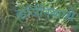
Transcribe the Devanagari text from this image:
व्हर्जिनियाध्ये